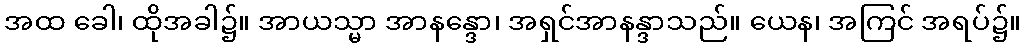
အထ ခေါ၊ ထိုအခါ၌။ အာယသ္မာ အာနန္ဒော၊ အရှင်အာနန္ဒာသည်။ ယေန၊ အကြင် အရပ်၌။